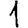
Digit: 1